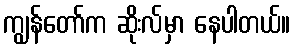
ကျွန်တော်က ဆိုးလ်မှာ နေပါတယ်။